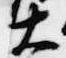
大